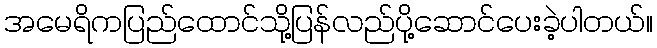
အမေရိကပြည်ထောင်သို့ပြန်လည်ပို့ဆောင်ပေးခဲ့ပါတယ်။